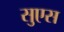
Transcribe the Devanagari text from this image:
सुएस